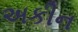
અકીન